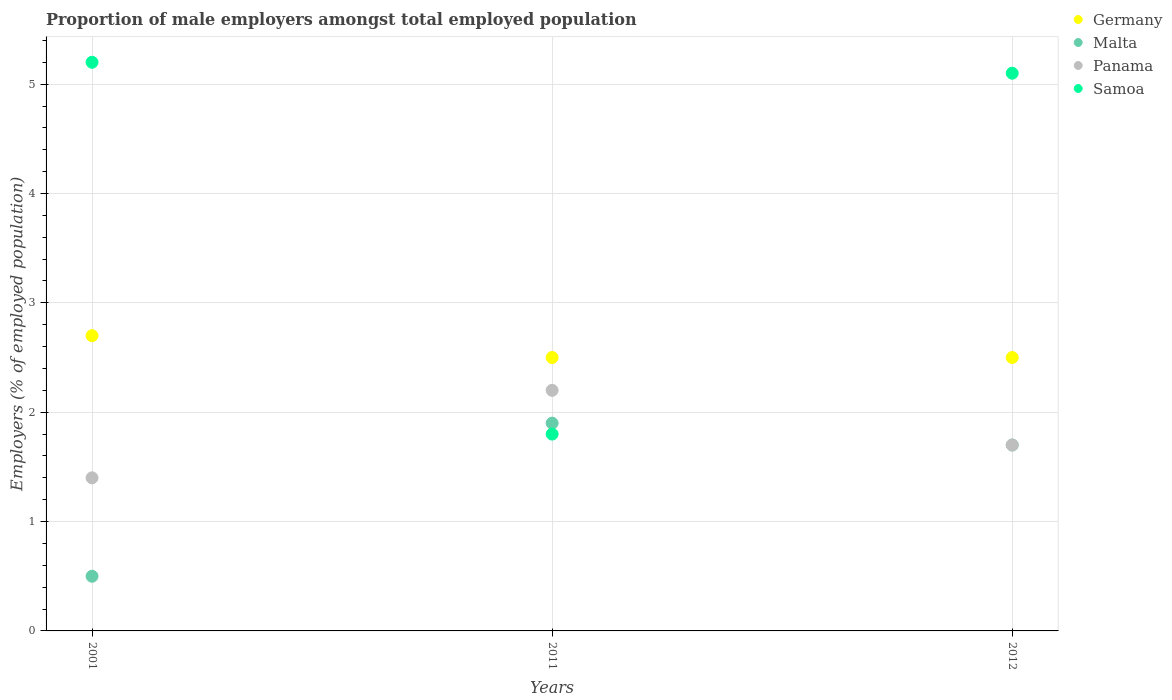
| Years | Germany | Malta | Panama | Samoa |
 | --- | --- | --- | --- | --- |
 | 2001 | 2.7 | 0.5 | 1.4 | 5.2 |
 | 2011 | 2.5 | 1.9 | 2.2 | 1.8 |
 | 2012 | 2.5 | 1.7 | 1.7 | 5.1 |